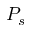
P _ { s }